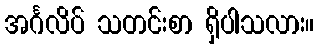
အင်္ဂလိပ် သတင်းစာ ရှိပါသလား။